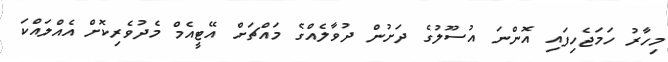
މިހާރު ހަމަޖެހިފައި އޮންނަ އުސޫލުގެ ދަށުން ދުވާލެއްގެ މައްޗަށް އޭޓީއެމް މެދުވެރިކޮށް އެއްލައްކަ